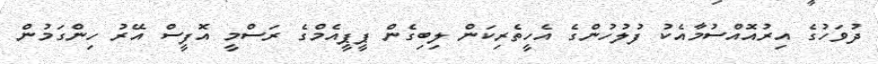
ދުވަހުގެ އިރުއޮއްސުމާއެކު ފުލުހުންގެ އެހީތެރިކަން ލިބިގެން ޕީޕީއެމްގެ ރަސްމީ އޮފީސް އޭރު ހިންގަމުން